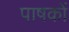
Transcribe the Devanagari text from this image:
पाषकों